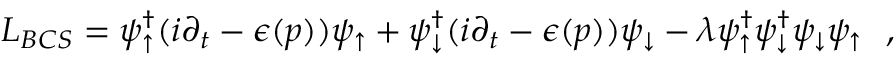
{ \cal L _ { B C S } } = \psi _ { \uparrow } ^ { \dagger } ( i \partial _ { t } - \epsilon ( p ) ) \psi _ { \uparrow } + \psi _ { \downarrow } ^ { \dagger } ( i \partial _ { t } - \epsilon ( p ) ) \psi _ { \downarrow } - \lambda \psi _ { \uparrow } ^ { \dagger } \psi _ { \downarrow } ^ { \dagger } \psi _ { \downarrow } \psi _ { \uparrow } \, \, \, \, ,